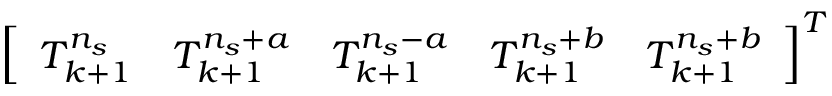
\left[ \begin{array} { l l l l l } { T _ { k + 1 } ^ { n _ { s } } } & { T _ { k + 1 } ^ { n _ { s } + a } } & { T _ { k + 1 } ^ { n _ { s } - a } } & { T _ { k + 1 } ^ { n _ { s } + b } } & { T _ { k + 1 } ^ { n _ { s } + b } } \end{array} \right] ^ { T }